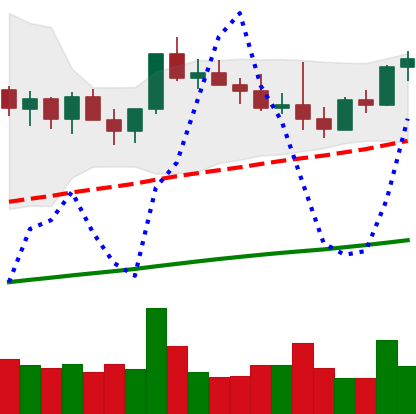
Ticker: NEO-USD
Chart end date: 2021-03-29
Forward return: 12.432%
Label: up_7plus